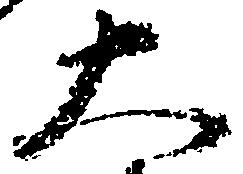
大